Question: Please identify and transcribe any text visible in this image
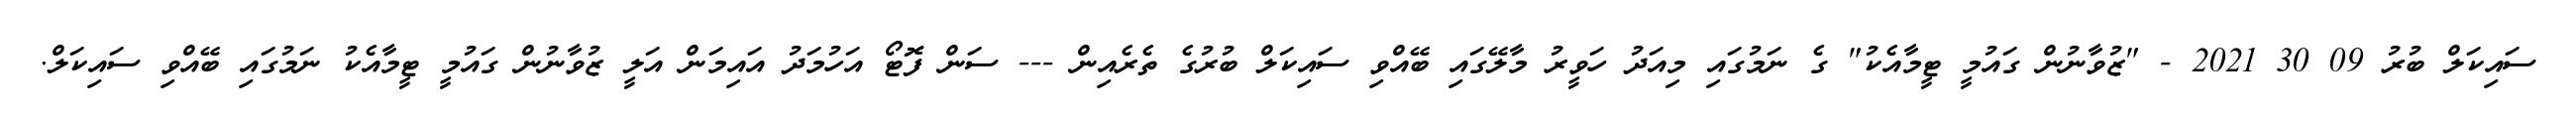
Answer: ސައިކަލް ބުރު 09 30 2021 - "ޒުވާނުން ގައުމީ ޓީމާއެކު" ގެ ނަމުގައި މިއަދު ހަވީރު މާލޭގައި ބޭއްވި ސައިކަލް ބުރުގެ ތެރެއިން --- ސަން ފޮޓޯ އަހުމަދު އައިމަން އަލީ ޒުވާނުން ގައުމީ ޓީމާއެކު ނަމުގައި ބޭއްވި ސައިކަލް.